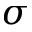
\sigma